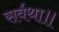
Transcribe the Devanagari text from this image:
सर्वथा॥